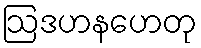
ဩဒဟနဟေတု